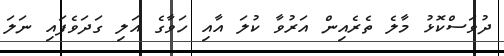
ދުވަސްކޮޅު މާލެ ތެރެއިން އަރުވާ ކުލަ އާއި ހަވާގެ އަލި ގަދަވެފައި ނަލަ